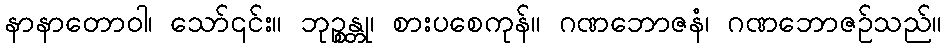
နာနာတောဝါ၊ သော်၎င်း။ ဘုဉ္စန္တု၊ စားပစေကုန်။ ဂဏဘောဇနံ၊ ဂဏဘောဇဉ်သည်။